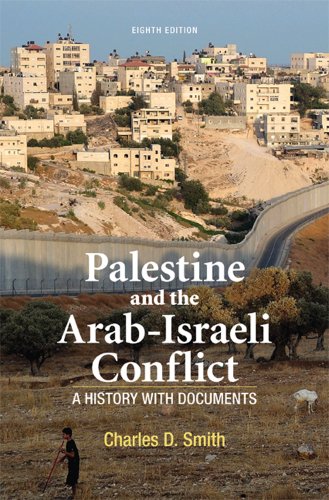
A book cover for Palestine and the Arab-Israeli Conflict: A History with Documents; Charles D. Smith; History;